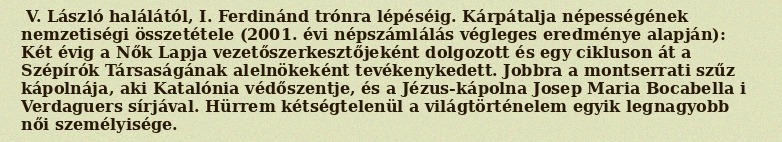
V. László halálától, I. Ferdinánd trónra lépéséig. Kárpátalja népességének nemzetiségi összetétele (2001. évi népszámlálás végleges eredménye alapján): Két évig a Nők Lapja vezetőszerkesztőjeként dolgozott és egy cikluson át a Szépírók Társaságának alelnökeként tevékenykedett. Jobbra a montserrati szűz kápolnája, aki Katalónia védőszentje, és a Jézus-kápolna Josep Maria Bocabella i Verdaguers sírjával. Hürrem kétségtelenül a világtörténelem egyik legnagyobb női személyisége.